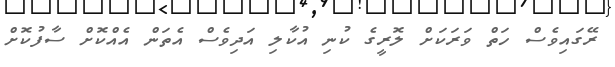
ރޭގައިވެސް ހަތް ވަރަކަށް ލޮރީގެ ކުނި އުކާލި އަދިވެސް އެތަން އެއްކޮށް ސާފުކޮށް